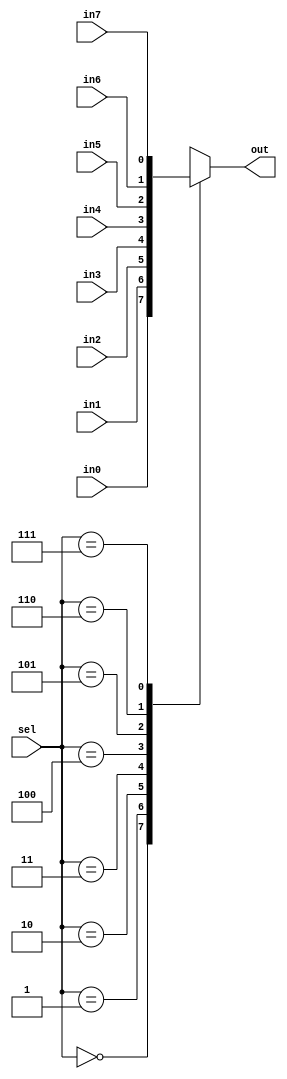
module mux(in0,in1,in2,in3,in4,in5,in6,in7,sel,out);
input in0,in1,in2,in3,in4,in5,in6,in7;
input [2:0]sel;
output reg out;
always@(*)
	begin 
		case(sel)
			3'b000:out=in0;
			3'b001:out=in1;
			3'b010:out=in2;
			3'b011:out=in3;
			3'b100:out=in4;
			3'b101:out=in5;
			3'b110:out=in6;
			3'b111:out=in7;
			default:out=3'bzzz;
		endcase
	end
	endmodule